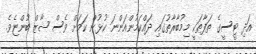
އަދި ޓީސީގެ ތަފާތަކީ މިމުބާރާތުގައި ދައްކަމުންއަންނަ ކުޅުން ކަމަށް ވެސް ޝާޒް ބުންޏެވެ.